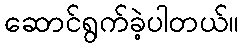
ဆောင်ရွက်ခဲ့ပါတယ်။